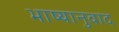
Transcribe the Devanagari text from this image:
भाष्यानुवाद